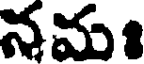
నమః